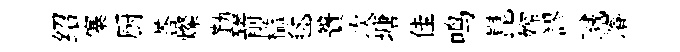
绍寨厨荅燦勤箭槛毬簣次塘佳鸣崑嫦謬贓濬